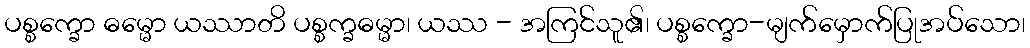
ပစ္စက္ခော ဓမ္မော ယဿာတိ ပစ္စက္ခဓမ္မာ၊ ယဿ - အကြင်သူ၏၊ ပစ္စက္ခော-မျက်မှောက်ပြုအပ်သော၊